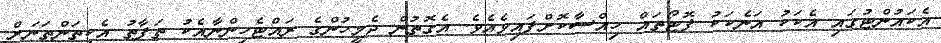
އެކައުންޓުގައި އެކަކު އަނެކަކު ފޮޓޯތައް ހިއްސާކޮށްފައިވެއެވެ. އެގޮތުން ދެމީހުންގެ ރައްޓެހިންނާއެކު ތަފާތު އެކިތަންތަނަށް